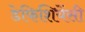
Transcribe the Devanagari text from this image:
डेफिशियेंसी